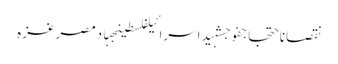
نقصاناحتجاجفوجشہیداسرائیلفلسطینجہادمصرغزہ